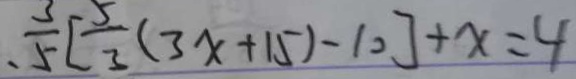
\frac { 3 } { 5 } [ \frac { 5 } { 3 } ( 3 x + 1 5 ) - 1 0 ] + x = 4